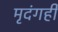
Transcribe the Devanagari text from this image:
मृदंगही